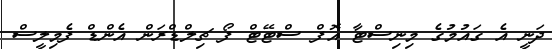
ދަނީ އެ ގައުމުގެ މިނިސްޓާ އޮފް ސްޓޭޓް ފޯ ޗިލްޑްރަން އެންޑް ފެމިލީސް